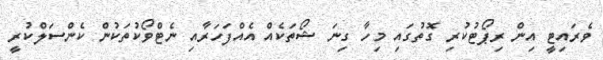
ވެރައިޓީ އިން ރިޕޯޓުކުރި ގޮތުގައި މިހާ ގިނަ ޝޯތަކެއް އެއްފަހަރާއި ނެޓްވޯކުތަކުން ކެންސަލްކުރީ